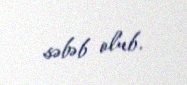
səbəb olub.